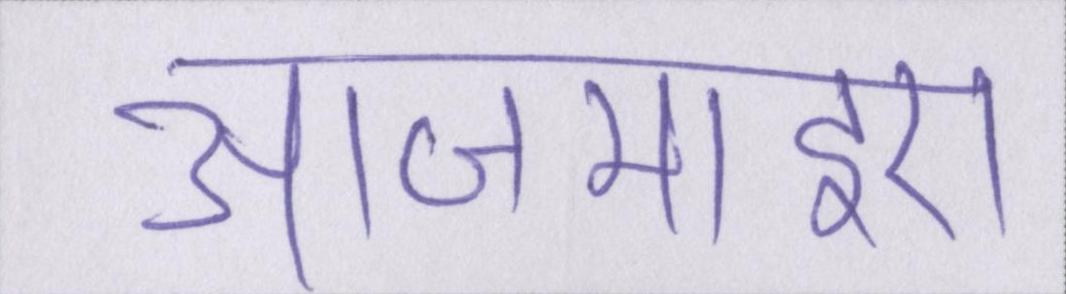
आजमाइए